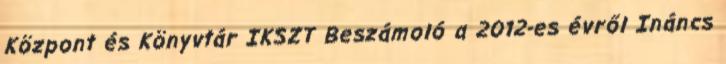
Központ és Könyvtár IKSZT Beszámoló a 2012-es évről Ináncs